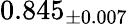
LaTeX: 0.845_{\pm 0.007}